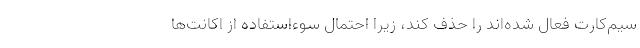
سیم‌کارت فعال شده‌اند را حذف کند، زیرا احتمال سوءاستفاده از اکانت‌ها